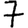
Digit: 7